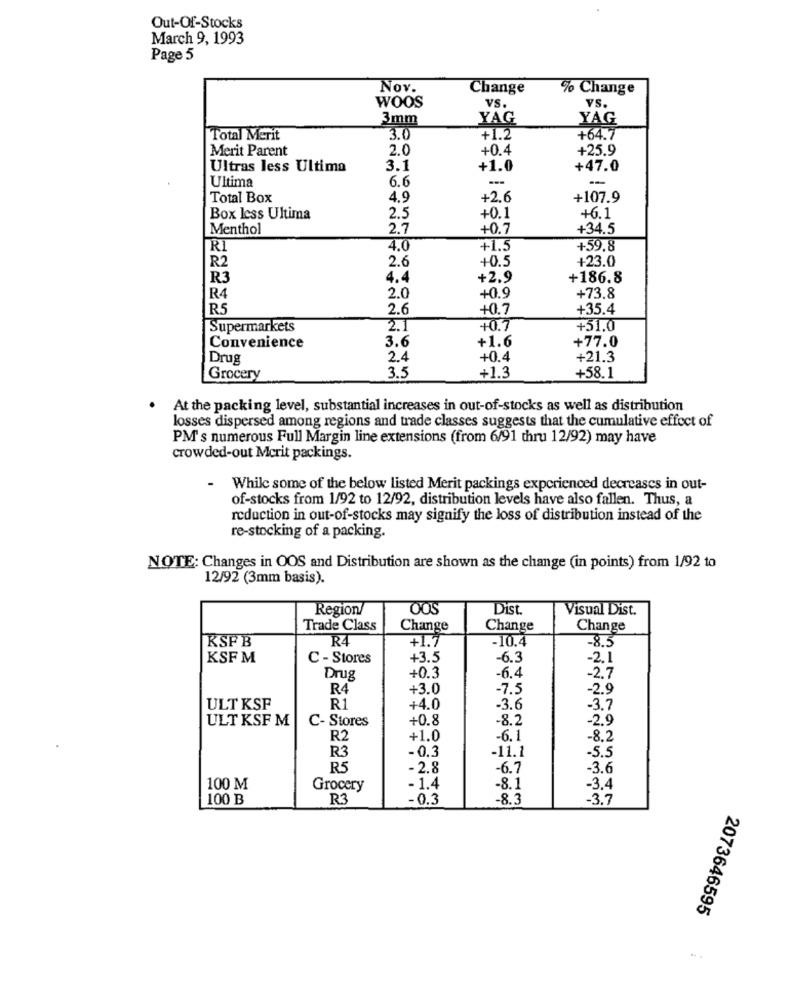
Out-Of-Stocks
March 9, 1993
Page 5
Nov.
Change
% Change
WOOS
VS.
VS.
3mm
YAG
YAG
Total Merit
3.0
+1.2
+64.7
Merit Parent
2.0
+0.4
+25.9
Ultras less Ultima
3.1
+1.0
+47.0
Ultima
6.6
-
Total Box
4.9
+2.6
+107.9
Box less Ultima
2.5
+0.1
+6.1
Menthol
2.7
+0.7
+34.5
RI
4.0
+1.5
+59.8
R2
2.6
+0.5
+23.0
R3
4.4
+2.9
+186.8
+0.9
R4
2.0
+73.8
RS
2.6
+0.7
+35.4
Supermarkets
2.1
+0.7
+51.0
3.6
+1.6
+77.0
Convenience
Drug
2.4
+0.4
+21.3
3.5
+1.3
+58.1
Grocery
At the packing level, substantial increases in out-of-stocks as well as distribution
losses dispersed among regions and trade classes suggests that the cumulative effect of
PM's numerous Full Margin line extensions (from 6/91 thru 12/92) may have
crowded-out Merit packings.
- While some of the below listed Merit packings experienced decreases in out-
of-stocks from 1/92 to 12/92, distribution levels have also fallen. Thus, a
reduction in out-of-stocks may signify the loss of distribution instead of the
re-stocking of a packing.
NOTE: Changes in OOS and Distribution are shown as the change (in points) from 1/92 to
12/92 (3mm basis).
Region/
Dist.
Visual Dist.
Trade Class
Change
Change
Change
KSP B
R4
+1.7
-10.4
-8.5
KSF M
C - Stores
+3.5
-6.3
-2.1
Drug
+0.3
-6.4
-2.7
R4
+3.0
-7.5
-2.9
ULT KSF
R1
+4.0
-3.6
-3.7
ULT KSF M
+0.8
-8.2
-2.9
C- Stores
R2
+1.0
-6.1
-8.2
R3
-0,3
-11.1
-5.5
R5
-2.8
-6.7
-3.6
100 M
Grocery
- 1.4
-8.1
-3,4
100 B
R3
-0.3
-8.3
-3.7
2073646595